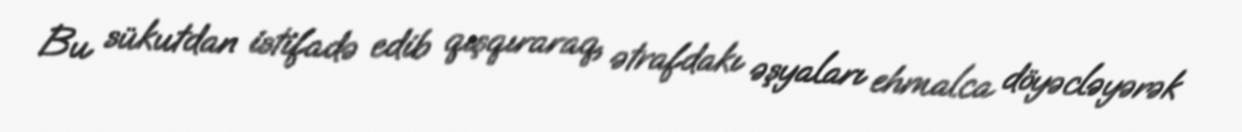
Bu sükutdan istifadə edib qışqıraraq, ətrafdakı əşyaları ehmalca döyəcləyərək